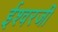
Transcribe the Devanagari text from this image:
ईश्वरजी